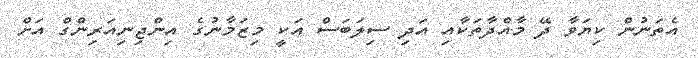
އެތަނުން ކިޔަވާ ދޭ މާއްދާތަކާއި އަދި ސިލަބަސް އަކީ މިޒަމާނުގެ އިންޖިނިއަރިންގް އަށް